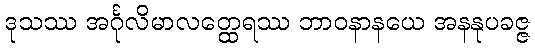
ဒုသဿ အင်္ဂုလိမာလတ္ထေရဿ ဘာဝနာနယေ အနနုပခဇ္ဇ